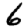
Digit: 6